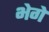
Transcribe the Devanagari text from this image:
भेगे